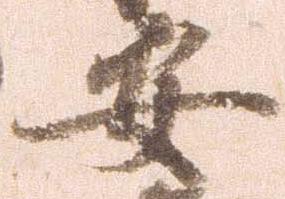
安